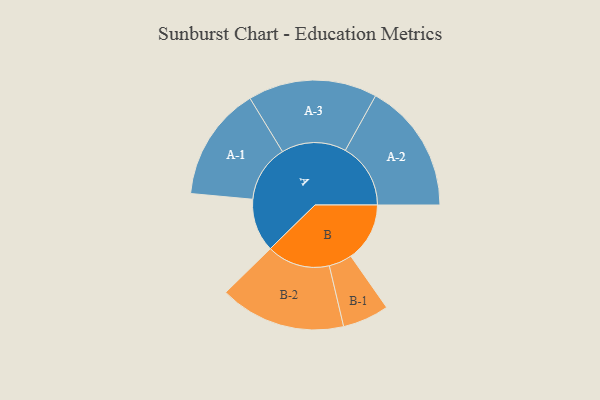
{"axis": {"x": "Segment", "y": "Value"}, "legend": ["", "A", "B"], "data": [{"x": "A", "y": 240, "type": ""}, {"x": "B", "y": 266, "type": ""}, {"x": "A-1", "y": 258, "type": "A"}, {"x": "A-2", "y": 295, "type": "A"}, {"x": "A-3", "y": 292, "type": "A"}, {"x": "B-1", "y": 105, "type": "B"}, {"x": "B-2", "y": 285, "type": "B"}]}